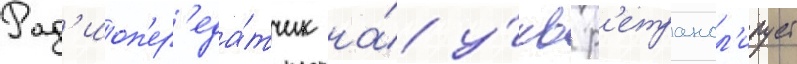
Рад'иоп'ер'еда́тчик на́ у́кв р'етрансл'ирует